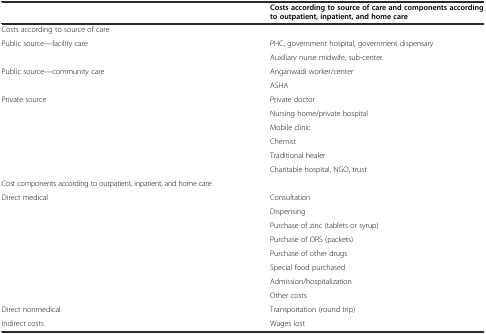
|  | Costs according to source of care and components according to outpatient, inpatient, and home care |
 | --- | --- |
 | Costs according to source of care |  |
 | <ROWSPAN=2> Public source—facility care | PHC, government hospital, government dispensary |
 | Auxiliary nurse midwife, sub-center |
 | Public source—community care | Anganwadi worker/center |
 |  | ASHA |
 | Private source | Private doctor |
 |  | Nursing home/private hospital |
 |  | Mobile clinic |
 |  | Chemist |
 |  | Traditional healer |
 |  | Charitable hospital, NGO, trust |
 | Cost components according to outpatient, inpatient, and home care |  |
 | Direct medical | Consultation |
 |  | Dispensing |
 |  | Purchase of zinc (tablets or syrup) |
 |  | Purchase of ORS (packets) |
 |  | Purchase of other drugs |
 |  | Special food purchased |
 |  | Admission/hospitalization |
 |  | Other costs |
 | Direct nonmedical | Transportation (round trip) |
 | Indirect costs | Wages lost |